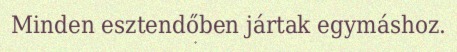
Minden esztendőben jártak egymáshoz.